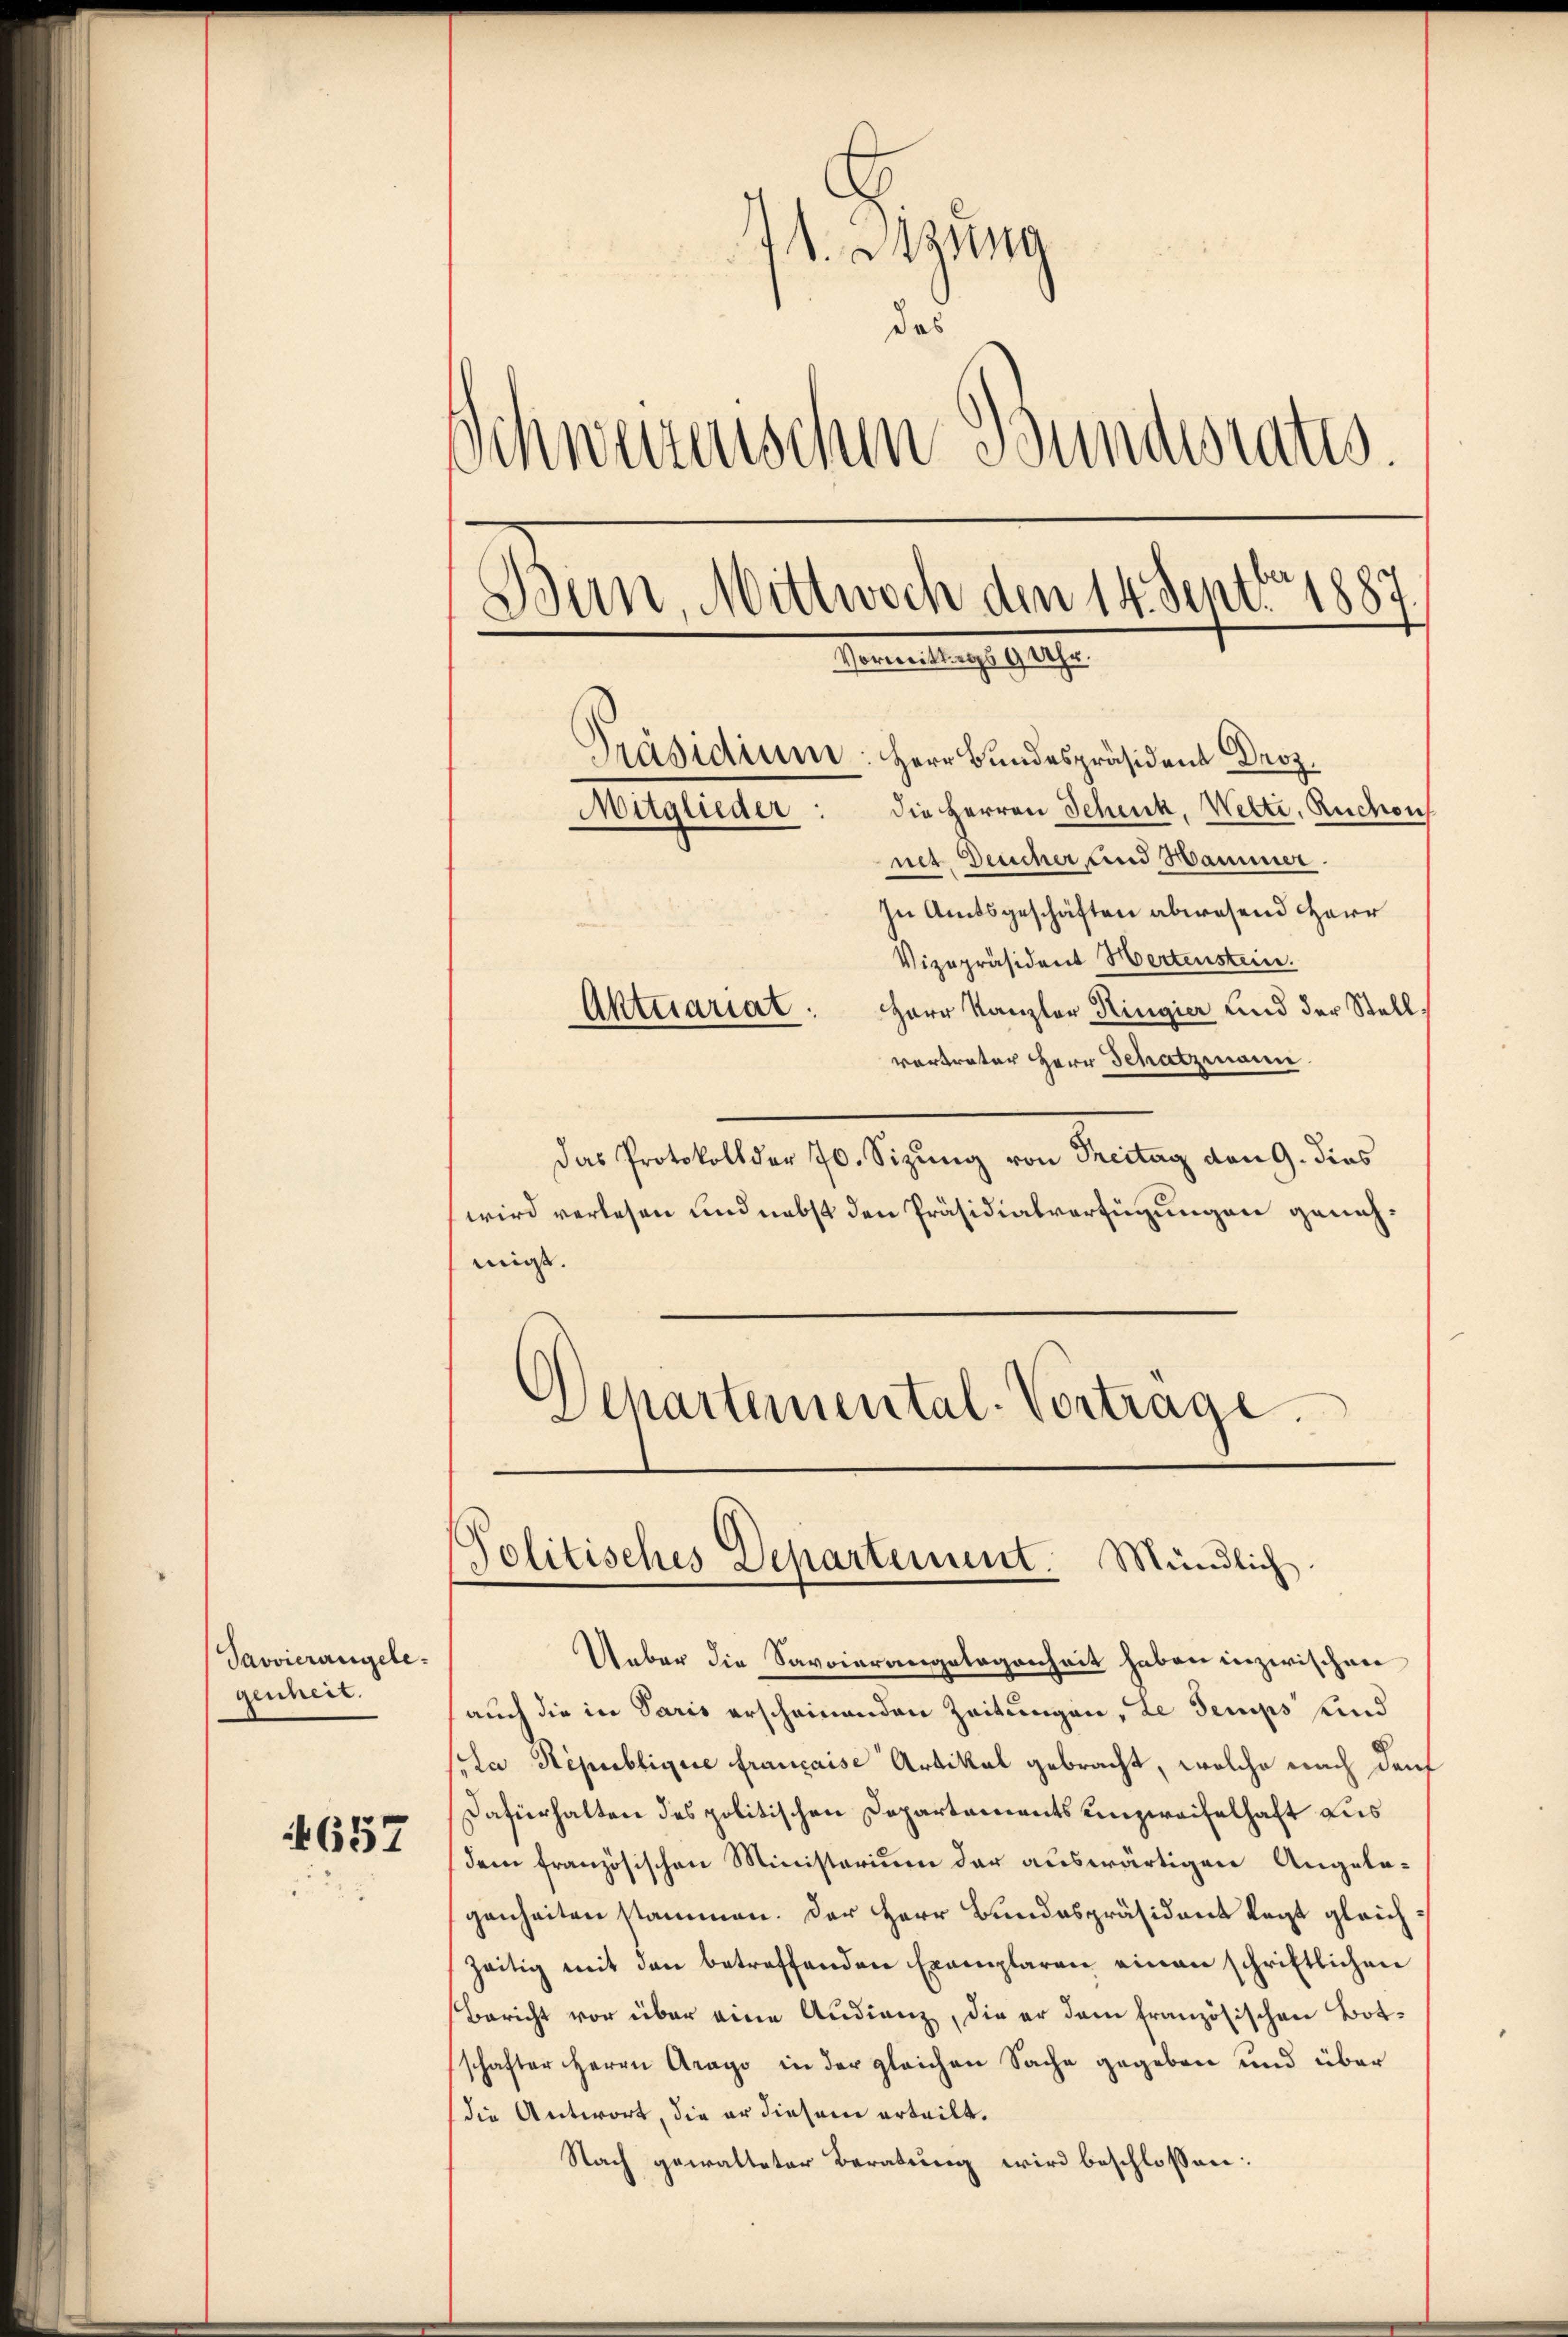
Pavvierangelegenheit.

657

41. Sitzung
das
Schweizerischen Bundesrates.
Bun, Mittwoch den 14. Sept. 1887
Vormittags 9 Uhr.
Präsidium. Herr Bundespräsident Droz.
Mitglieder: die Herren Schick, Welte, Ruchon
nit Deucher und Hammer.
In Amtsgeschäften abwesend Herr
Vizepräsident Hertenstein.
Herr Kanzler Ringier und der Stell
Aktuariat.
vertrater Herr Schatzmann.

Das Protokoll der 70. Sizung von Treitag von 9. dies
wird verlesen und nebst den Präsidialverfügungen genehmir.
Departemental-Vortrage.

Politisches Departement. Mündlich.

Ueber die Savoierangelegenheit haben inzwischen
auch die in Paris erscheinenden Zeitungen, de Semps sind
(la Républiquie française Artikal gebracht, welche nach darf
Dafürhalten des politischen Departements unzweifelhaft aus
dem französischen Ministerium der auswärtigen Angelagenheiten stammen. Der Herr Bundespräsident legt gleichzeitig mit den betreffenden Exemplaren einen schriftlichen
Bericht vor über eine Audienz, die er dem französischen Botschafter Herrn Arago in der gleichen Sache gegeben und über
(die Antwort, die er diesem erteilt.
Nach gewalteter Beratung wird beschlossen: